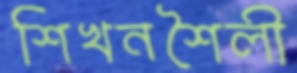
শিখনশৈলী